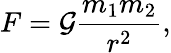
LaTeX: F=\mathcal{G}\frac{{m_{1}m_{2}}}{{r^{2}}},